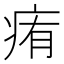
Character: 痏